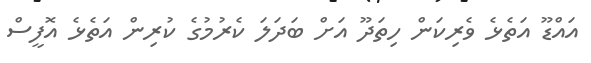
އައްޑޫ އަތެޅެ ވެރިކަން ހިތަދޫ އަށް ބަދަލަ ކެރުމުގެ ކުރިން އަތެޅެ އޮފީސް